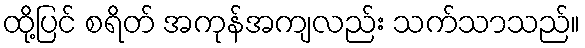
ထို့ပြင် စရိတ် အကုန်အကျလည်း သက်သာသည်။